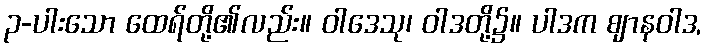
၃-ပါးသော ထေရ်တို့၏လည်း။ ဝါဒေသု၊ ဝါဒတို့၌။ ပါဒက ဈာနဝါဒ,